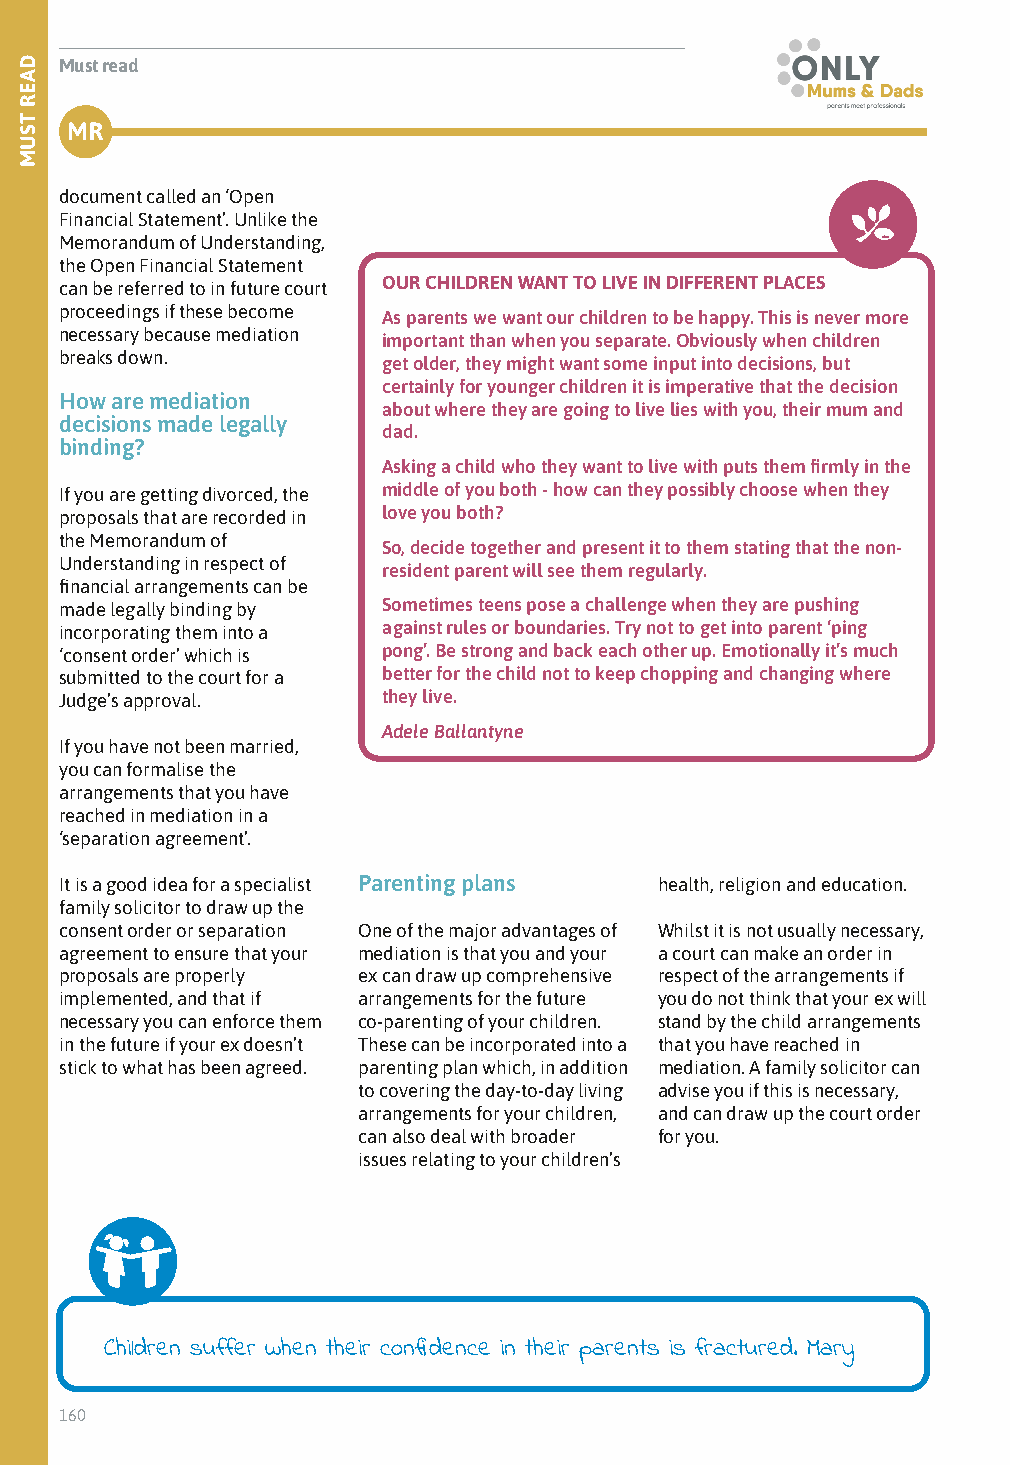
Must read
 MR
 document called an ‘Open
 Financial Statement’. Unlike the
 Memorandum of Understanding,
 the Open Financial Statement
 can be referred to in future court OUR CHILDREN WANT TO LIVE IN DIFFERENT PLACES
 proceedings if these become
 As parents we want our children to be happy. This is never more
 necessary because mediation
 important than when you separate. Obviously when children
 breaks down.
 get older, they might want some input into decisions, but
 certainly for younger children it is imperative that the decision
 How are mediation
 about where they are going to live lies with you, their mum and
 decisions made legally
 dad.
 binding?
 Asking a child who they want to live with puts them firmly in the
 If you are getting divorced, the middle of you both - how can they possibly choose when they
 proposals that are recorded in love you both?
 the Memorandum of
 So, decide together and present it to them stating that the non-
 Understanding in respect of
 resident parent will see them regularly.
 financial arrangements can be
 made legally binding by Sometimes teens pose a challenge when they are pushing
 incorporating them into a against rules or boundaries. Try not to get into parent ‘ping
 ‘consent order’ which is pong’. Be strong and back each other up. Emotionally it’s much
 submitted to the court for a better for the child not to keep chopping and changing where
 Judge’s approval.    they live.
 Adele Ballantyne
 If you have not been married,
 you can formalise the
 arrangements that you have
 reached in mediation in a
 ‘separation agreement’.
 It is a good idea for a specialist Parenting plans health, religion and education.
 family solicitor to draw up the
 consent order or separation One of the major advantages of Whilst it is not usually necessary,
 agreement to ensure that your mediation is that you and your a court can make an order in
 proposals are properly ex can draw up comprehensive respect of the arrangements if
 implemented, and that if arrangements for the future you do not think that your ex will
 necessary you can enforce them co-parenting of your children. stand by the child arrangements
 in the future if your ex doesn’t These can be incorporated into a that you have reached in
 stick to what has been agreed. parenting plan which, in addition mediation. A family solicitor can
 to covering the day-to-day living advise you if this is necessary,
 arrangements for your children, and can draw up the court order
 can also deal with broader for you.
 issues relating to your children’s
 Children suffer when their confidence in their parents is fractured. Mary
 160
 DAER
 TSUM